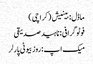
ماڈل : بینیش ( کراچی )
فوٹو گرافی : ناہید صدیقی
میک اپ :روز بیوٹی پارلر